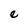
Character: e